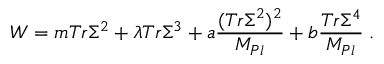
W = m T r \Sigma ^ { 2 } + \lambda T r \Sigma ^ { 3 } + a { \frac { ( T r \Sigma ^ { 2 } ) ^ { 2 } } { M _ { P l } } } + b { \frac { T r \Sigma ^ { 4 } } { M _ { P l } } } \; .